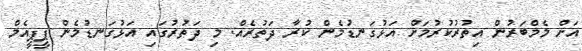
އަށް މެމްބަރުން އިތުރުކުރުމަށް އަޅުގަނޑުމެން ކުރާ ދަތުރެއް. މި ދަތުރުގައި އަޅުގަނޑުމެން ޕީޕީއެމް